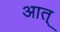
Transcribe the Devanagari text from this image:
आत्